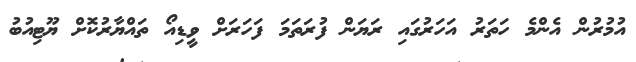
އުމުރުން އެންމެ ހަތަރު އަހަރުގައި ރަޔަން ފުރަތަމަ ފަހަރަށް ވީޑިއޯ ތައްޔާރުކޮށް ޔޫޓިއުބު